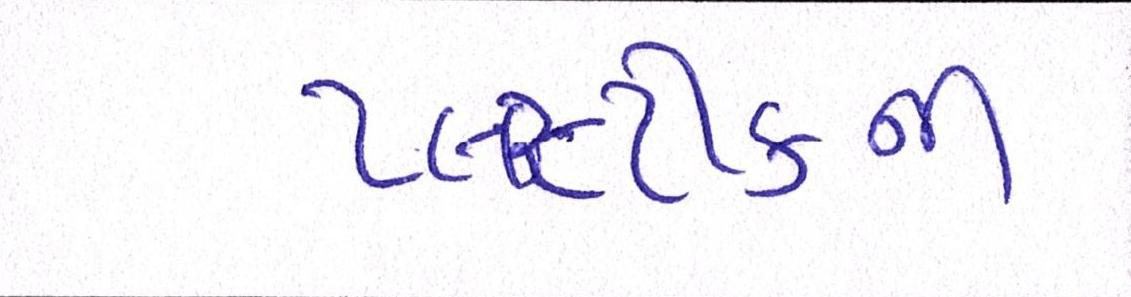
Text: પ્લાસ્ટીકની